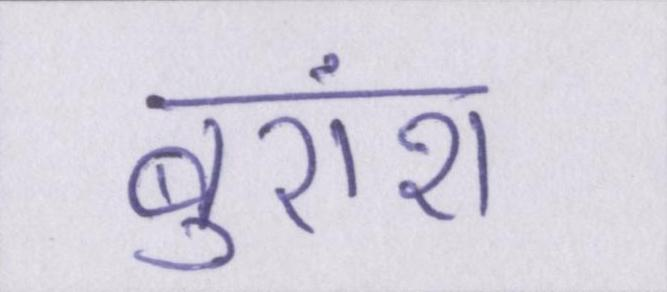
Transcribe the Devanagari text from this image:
बुरांश